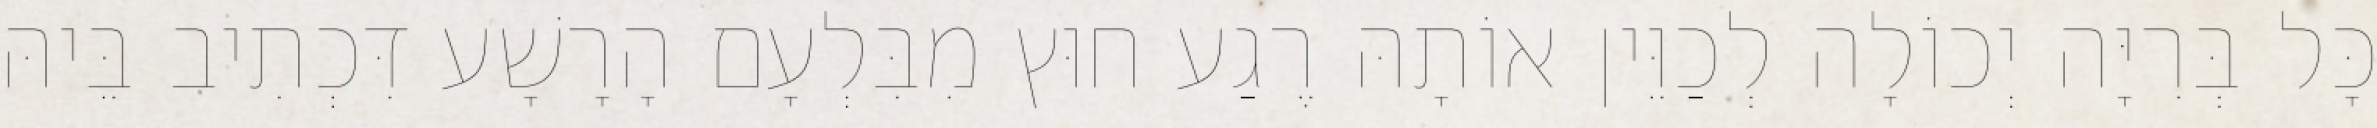
כָּל בְּרִיָּה יְכוֹלָה לְכַוֵּין אוֹתָהּ רֶגַע חוּץ מִבִּלְעָם הָרָשָׁע דִּכְתִיב בֵּיהּ